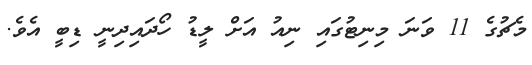
މެޗުގެ 11 ވަނަ މިނިޓުގައި ނިއު އަށް ލީޑު ހޯދައިދިނީ ޑިބީ އެވެ.